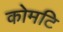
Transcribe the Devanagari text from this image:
कोमटि